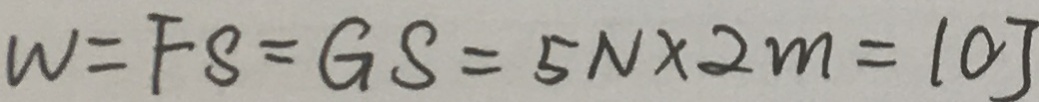
W = F S = G S = 5 N \times 2 m = 1 0 J